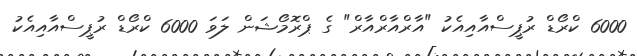
6000 ކްރޯޑް ރުޕީސްއާއިއެކު "އާރްއާރްއާރް" ގެ ޕްރޮމޯޝަން ލަވަ 6000 ކްރޯޑް ރުޕީސްއާއިއެކު